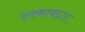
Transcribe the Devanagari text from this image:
हक्काबद्दल